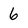
Character: 6